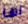
اها